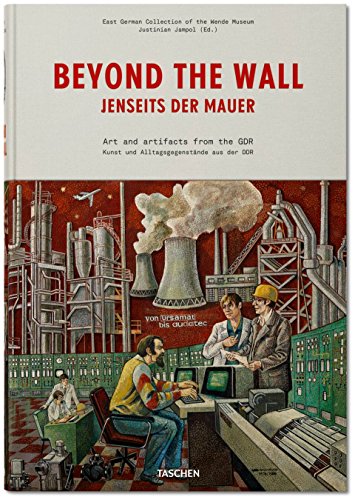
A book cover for Beyond the Wall: Art and artifacts from the GDR; Justinian Jampol; Crafts, Hobbies & Home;